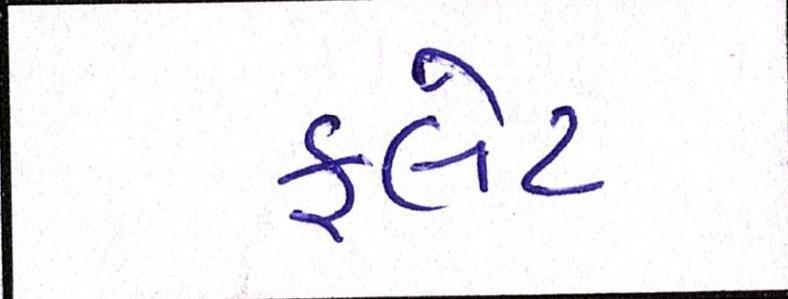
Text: ફલેટ